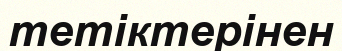
тетіктерінен